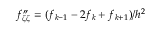
f _ { \zeta \zeta } ^ { \prime \prime } = ( f _ { k - 1 } - 2 f _ { k } + f _ { k + 1 } ) / h ^ { 2 }